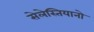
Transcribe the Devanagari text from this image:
सेलेस्तियानो